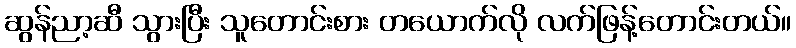
ဆွန်ညာ့ဆီ သွားပြီး သူတောင်းစား တယောက်လို လက်ဖြန့်တောင်းတယ်။